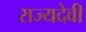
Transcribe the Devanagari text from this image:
राज्यदेवी